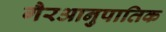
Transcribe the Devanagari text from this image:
गैरआनुपातिक